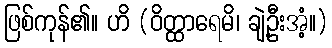
ဖြစ်ကုန်၏။ ဟိ (ဝိတ္ထာရေမိ၊ ချဲ့ဦးအံ့။)